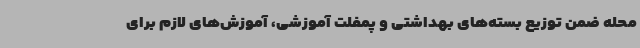
محله ضمن توزیع بسته‌های بهداشتی و پمفلت آموزشی، آموزش‌های لازم برای